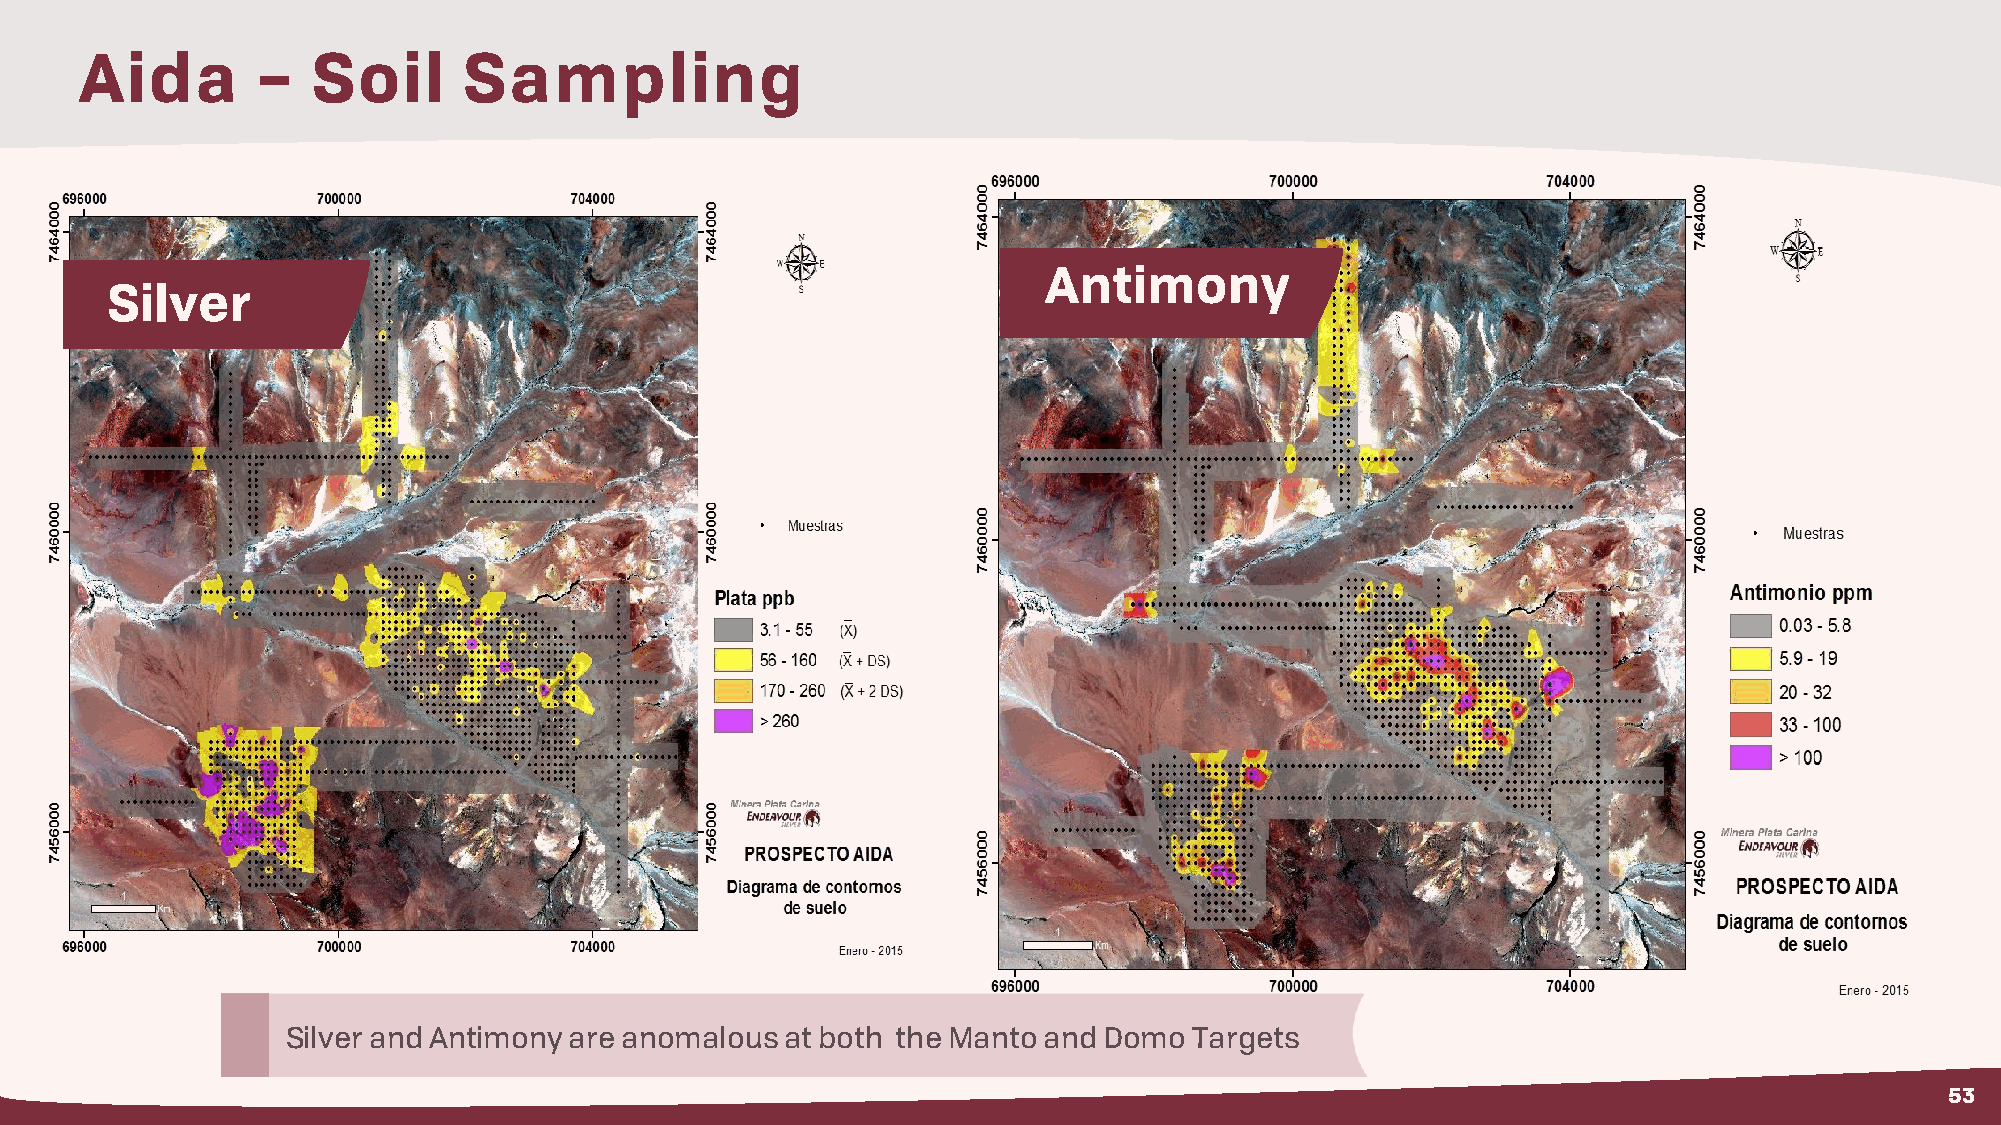
Aida        –   Soil      Sampling
 Antimony
 Silver
 Silver and Antimony are anomalous at both the Mantoand Domo Targets
 53